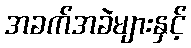
အခက်အခဲများနှင့်